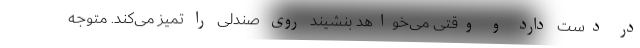
در دست دارد و وقتی می‌خواهد بنشیند روی صندلی را تمیز می‌کند. متوجه